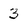
Character: 3